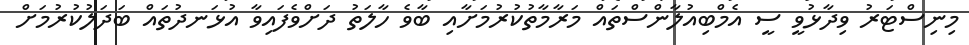
މިނިސްޓަރު ވިދާޅުވީ ސީ އެމްބިއުލާންސްތައް މަރާމާތުކުރުމަށާއި ބާވެ ހާލަތު ދަށްވެފައިވާ އުޅަނދުތައް ބަދަލުކުރުމަށް